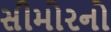
સીમોરનો